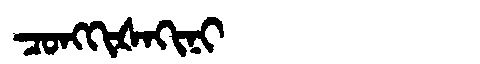
Manchu: ᠴᠣᠩᡴᡳᡧᠠᡴᡳᠨᡳ
Romanization: CONGKIŠAKINI